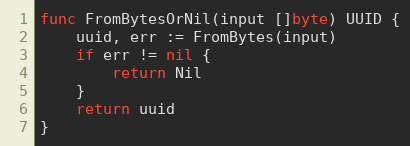
Language: Go
func FromBytesOrNil(input []byte) UUID {
	uuid, err := FromBytes(input)
	if err != nil {
		return Nil
	}
	return uuid
}